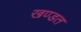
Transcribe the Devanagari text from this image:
खण्डत